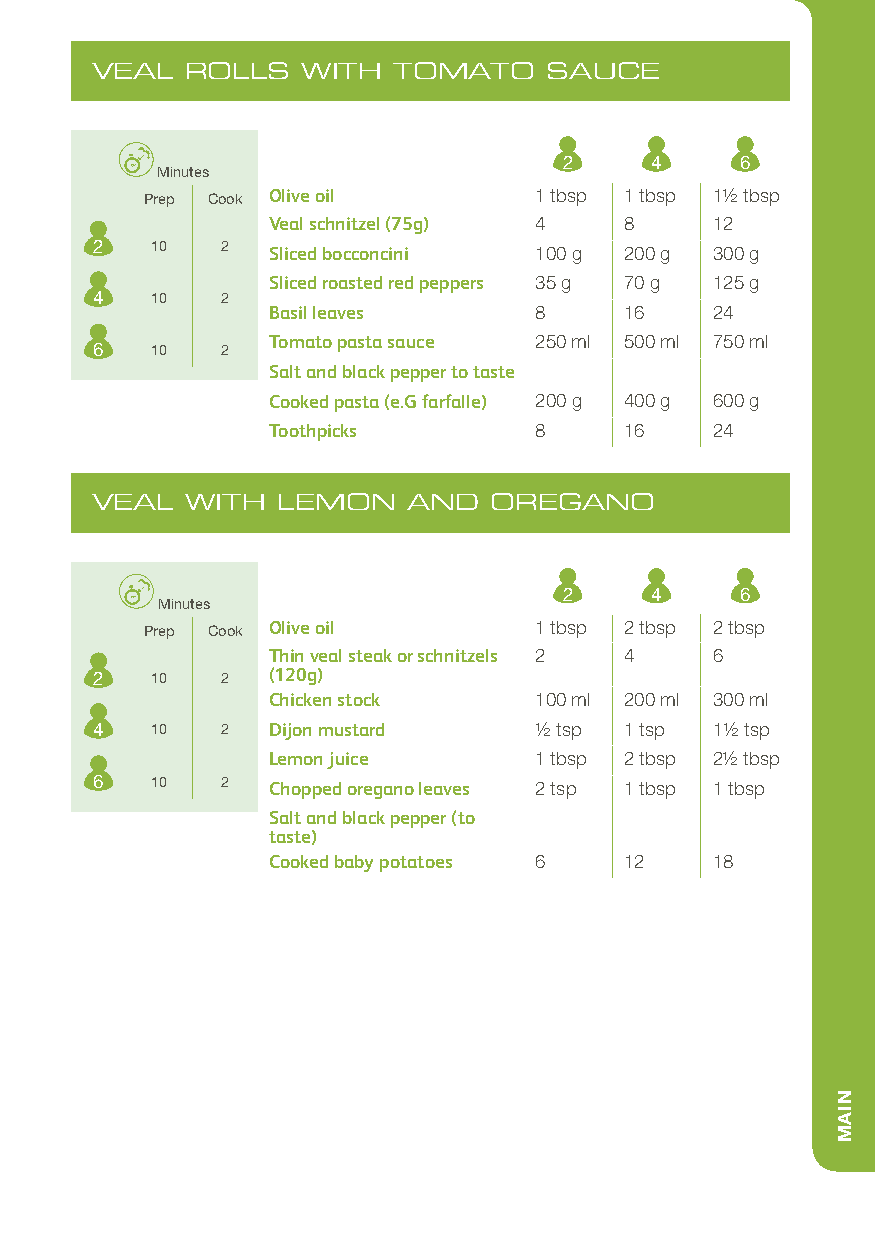
VEAL  ROLLS   WITH  TOMATO    SAUCE
 2     4     6
 Minutes
 Prep Cook Olive oil      1 tbsp 1 tbsp 11/2 tbsp
 Veal schnitzel (75g) 4 8     12
 2   10   2  Sliced bocconcini 100 g 200 g 300 g
 Sliced roasted red peppers 35 g 70 g 125 g
 4   10   2
 Basil leaves     8     16    24
 Tomato pasta sauce 250 ml 500 ml 750 ml
 6   10   2
 Salt and black pepper to taste
 Cooked pasta (e.G farfalle) 200 g 400 g 600 g
 Toothpicks       8     16    24
 VEAL  WITH  LEMON    AND  OREGANO
 2     4     6
 Minutes
 Prep Cook Olive oil      1 tbsp 2 tbsp 2 tbsp
 Thin veal steak or schnitzels 2 4 6
 2   10   2  (120g)
 Chicken stock    100 ml 200 ml 300 ml
 4   10   2  Dijon mustard    1/2 tsp 1 tsp 11/2 tsp
 Lemon juice      1 tbsp 2 tbsp 21/2 tbsp
 6   10   2  Chopped oregano leaves 2 tsp 1 tbsp 1 tbsp
 Salt and black pepper (to
 taste)
 Cooked baby potatoes 6 12    18
 NIAM